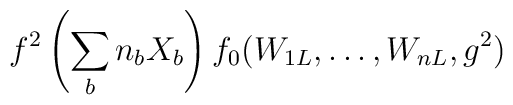
f^2\left(\sum_bn_bX_b\right)f_0(W_{1L},\ldots,W_{nL},g^2)